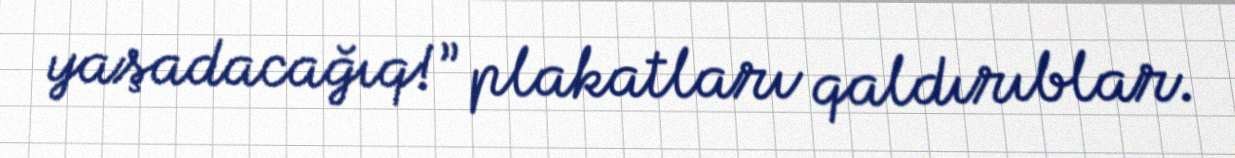
yaşadacağıq!” plakatları qaldırıblar.